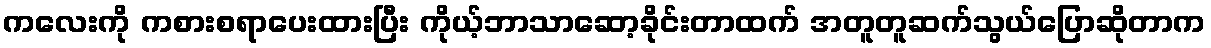
ကလေးကို ကစားစရာပေးထားပြီး ကိုယ့်ဘာသာဆော့ခိုင်းတာထက် အတူတူဆက်သွယ်ပြောဆိုတာက